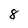
Character: 8